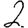
Digit: 2